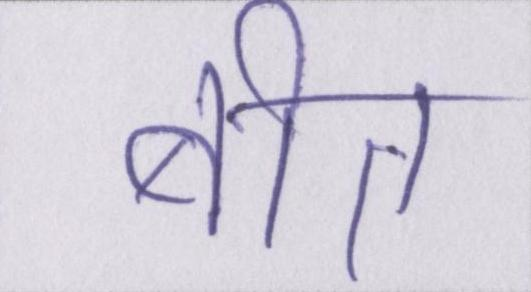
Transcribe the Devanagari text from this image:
बीत